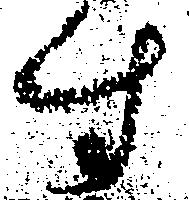
す